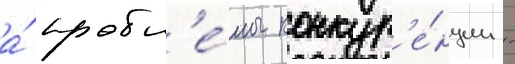
а́ пробл'е́мы конкур'е́нции -